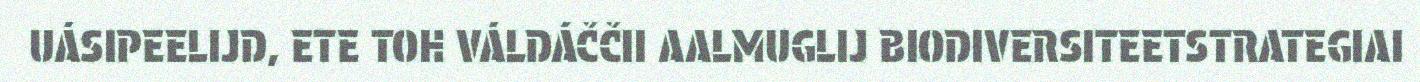
UÁSIPEELIJD, ETE TOH VÁLDÁČČII AALMUGLIJ BIODIVERSITEETSTRATEGIAI